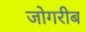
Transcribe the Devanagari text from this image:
जोगरीब